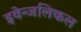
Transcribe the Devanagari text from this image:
इवेन्जलिकल